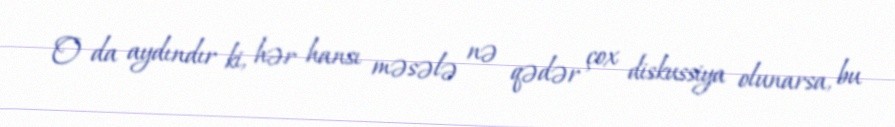
O da aydındır ki, hər hansı məsələ nə qədər çox diskussiya olunarsa, bu